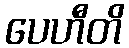
ပေဟီတိ